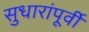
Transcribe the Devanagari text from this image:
सुधारांपूर्वी